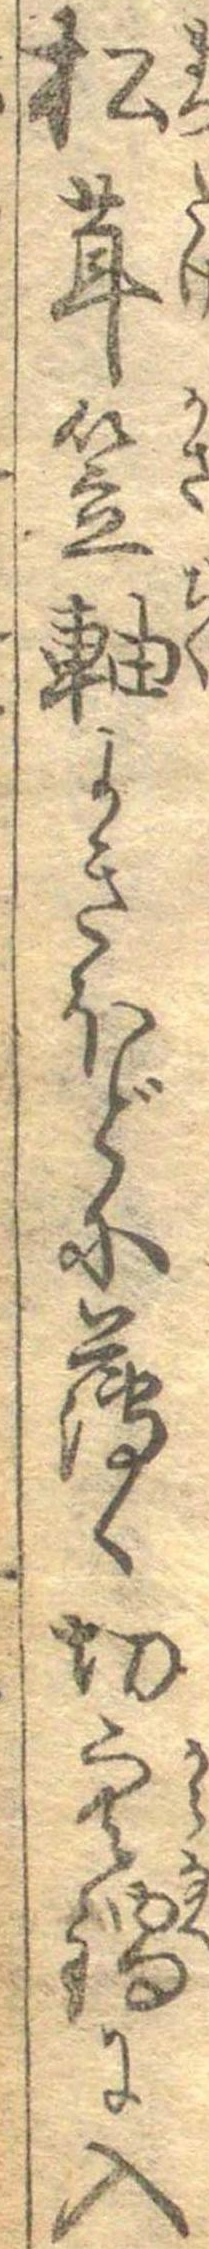
松茸笠軸よきほどに薄く切寒鍋に入